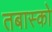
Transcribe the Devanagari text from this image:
तबास्को